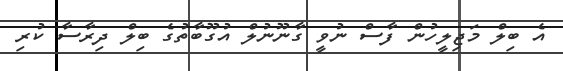
އެ ބިލް މަޖިލީހުން ފާސް ނުވީ ގާނޫނުލް އުގޫބާތުގެ ބިލް ދިރާސާ ކުރި